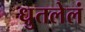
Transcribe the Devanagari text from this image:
धुतलेलं